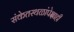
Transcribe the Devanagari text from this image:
संकेतस्थळांपेक्षाही